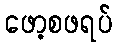
ဖော့စဖရပ်